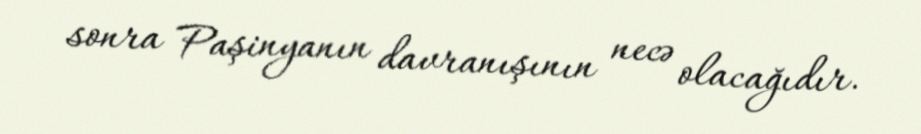
sonra Paşinyanın davranışının necə olacağıdır.